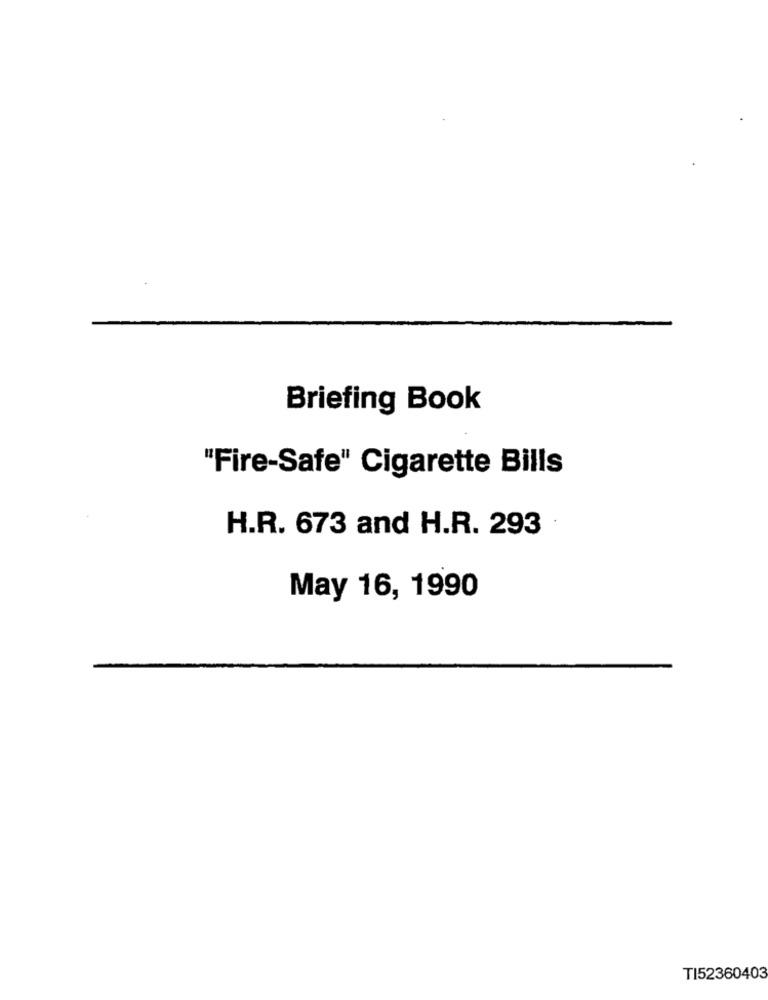
Briefing Book
"Fire-Safe" Cigarette Bills
H.R. 673 and H.R. 293
May 16, 1990
TI52360403